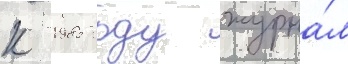
К 1985 году журна́л